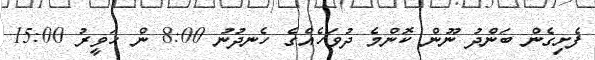
ފެށިގެން ބަންދު ނޫން ކޮންމެ ދުވަހެއްގެ ހެނދުނު 8:00 ން ހަވީރު 15:00